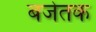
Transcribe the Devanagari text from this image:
बजेतक